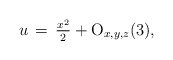
\begin{align*}u\,=\,\tfrac{x^2}{2}+{\rm O}_{x,y,z}(3),\end{align*}